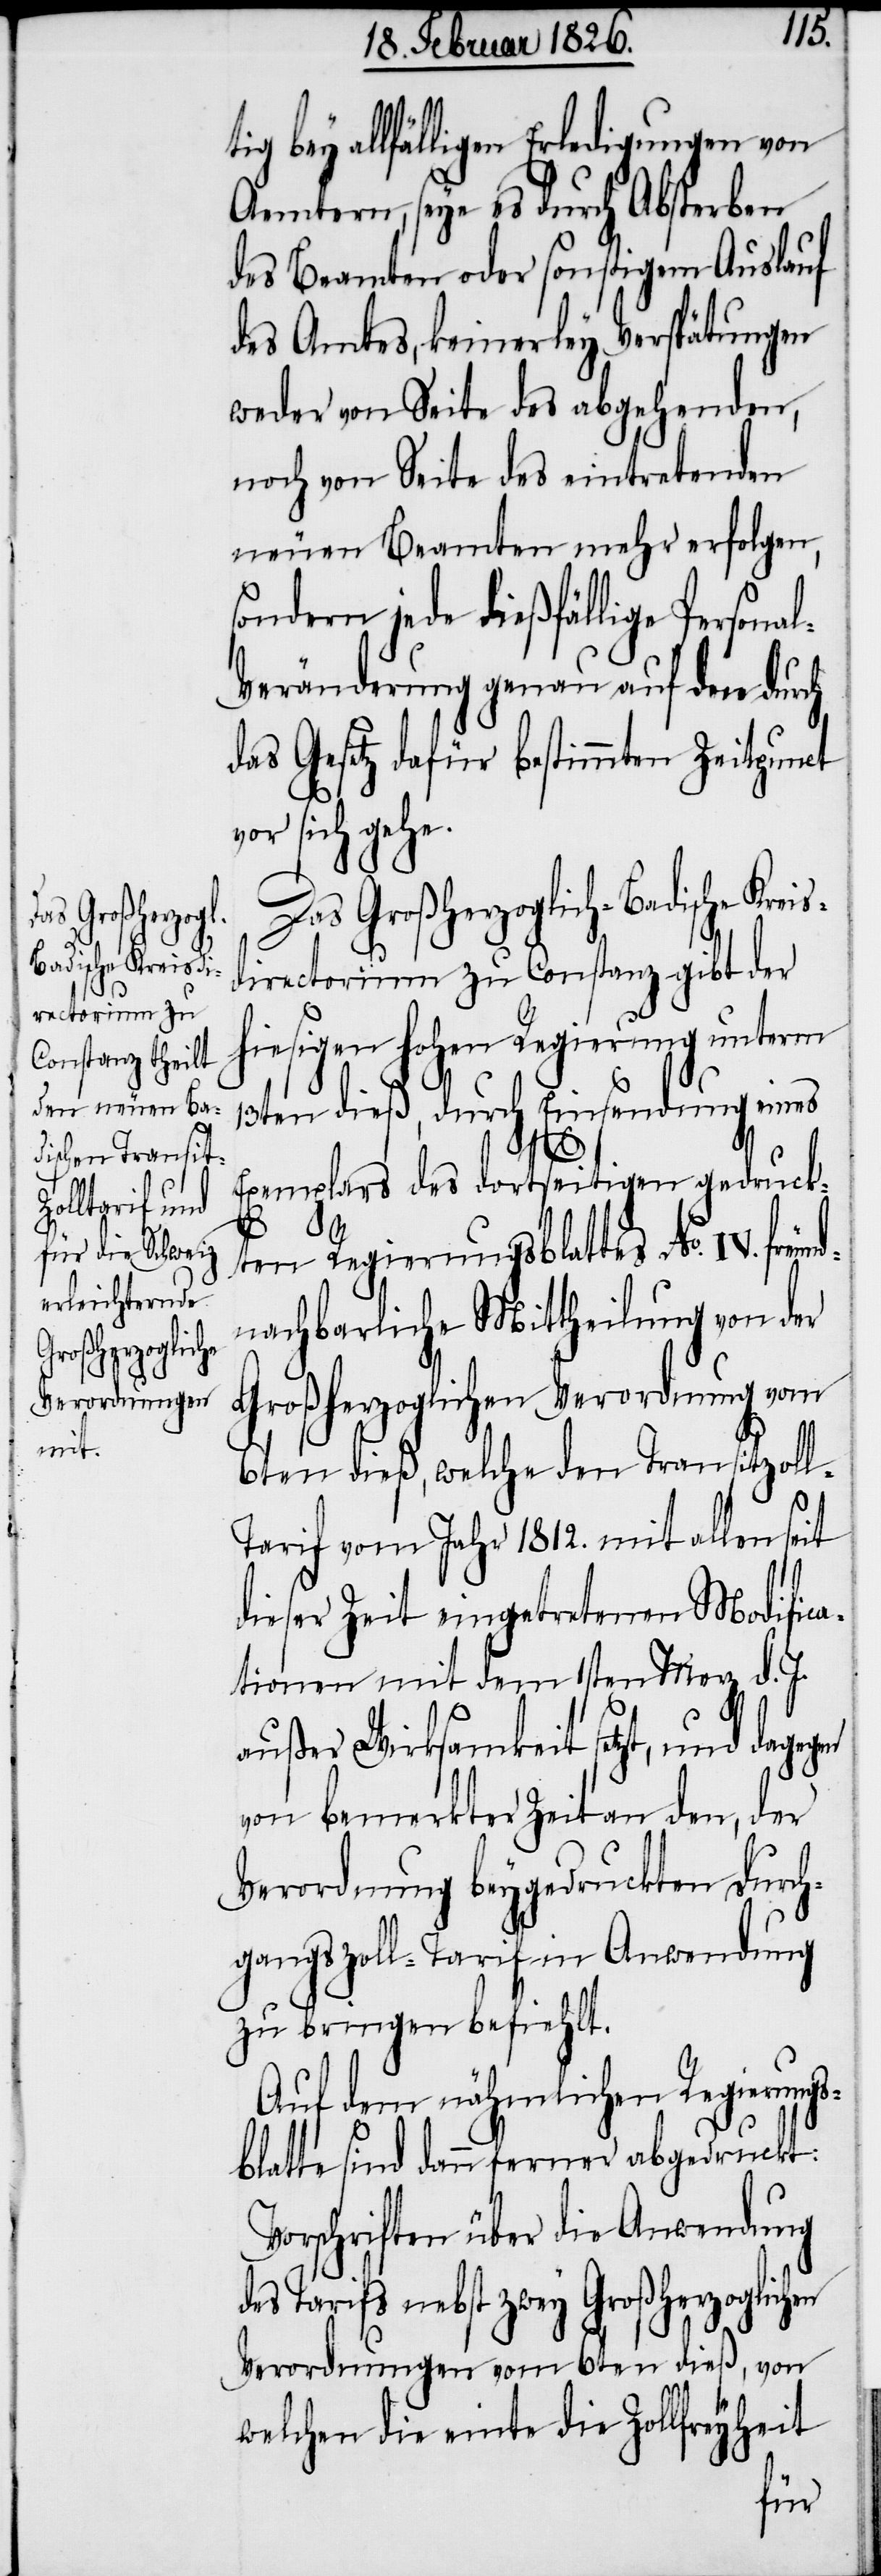
en
bey allfälligen Erledigungen von
Aemtern, seye es durch Absterben
des Beamten oder sonstigem Auslauf
des Amtes, keinerley Verspätungen
weder von Seite des abgehenden,
noch von Seite des eintretenden
neuen Beamten mehr erfolgen,
sondern jede dießfällige Persona¬
l-Veränderung genau auf den durch
das Gesetz dafür bestimmten Zeitpunct
vor sich gehe.
Das Großherzoglich-Badische Krei¬
sdirectorium zu Constanz gibt der
hiesigen hohen Regierung unterm
13ten dieß, durch Einsendung eines
Exemplars des dortseitigen gedruck¬
ten Regierungsblattes No. IV. freun¬
dnachbarliche Mittheilung von der
Großherzoglichen Verordnung vom
6ten dieß, welche den Transitzol¬
l-Tarif vom Jahr 1812. mit allen seit
dieser Zeit eingetretenen Modifica¬
tionen mit dem 1sten Merz d. J.
außer Wirksamkeit setzt, und dageg¬
von bemerkter Zeit an den, der
Verordnung beygedruckten Durch¬
gangszoll-Tarif in Anwendung
zu bringen befiehlt.
Auf dem nähmlichen Regierungs¬
blatte sind dann ferner abgedruckt:
Vorschriften über die Anwendung
des Tarifs nebst zwey Großherzoglichen
Verordnungen vom 6ten dieß, von
welchen die einte die Zollfreyheit